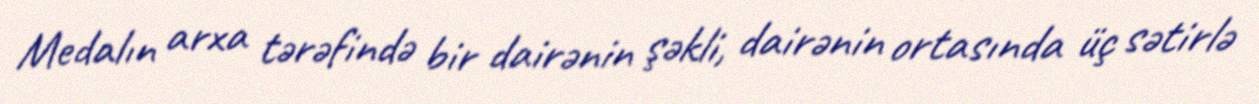
Medalın arxa tərəfində bir dairənin şəkli, dairənin ortasında üç sətirlə